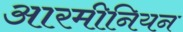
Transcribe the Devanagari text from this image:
आरमीनियन